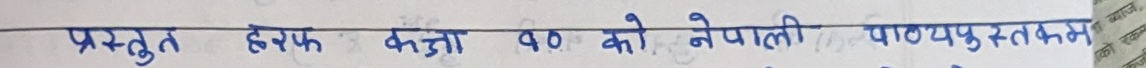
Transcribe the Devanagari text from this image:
प्रस्तुत हर्फ कक्षा ५० को नेपाली पाठ्यपुस्तकले